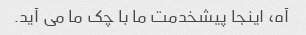
آه، اینجا پیشخدمت ما با چک ما می آید.